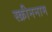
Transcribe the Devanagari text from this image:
स्क्रीननाम